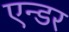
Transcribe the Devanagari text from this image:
एन्डर